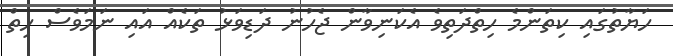
ހަޔާތުގައި ކިތަންމެ ހިތްދަތިވެ އެކަނިވާން ޖެހުނު ދަޑިވަޅު ތަކެއް އައި ނަމަވެސް ހިތް